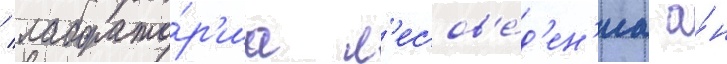
/ лаборато́р'иа л'есов'е́д'ен'иа а́н